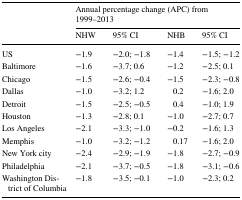
<table><thead><tr><td></td><td colspan="4"><b>Annual percentage change (APC) from 1999–2013</b></td></tr><tr><td></td><td><b>NHW</b></td><td><b>95% CI</b></td><td><b>NHB</b></td><td><b>95% CI</b></td></tr></thead><tbody><tr><td>US</td><td>−1.9</td><td>−2.0; −1.8</td><td>−1.4</td><td>−1.5; −1.2</td></tr><tr><td>Baltimore</td><td>−1.6</td><td>−3.7; 0.6</td><td>−1.2</td><td>−2.5; 0.1</td></tr><tr><td>Chicago</td><td>−1.5</td><td>−2.6; −0.4</td><td>−1.5</td><td>−2.3; −0.8</td></tr><tr><td>Dallas</td><td>−1.0</td><td>−3.2; 1.2</td><td>0.2</td><td>−1.6; 2.0</td></tr><tr><td>Detroit</td><td>−1.5</td><td>−2.5; −0.5</td><td>0.4</td><td>−1.0; 1.9</td></tr><tr><td>Houston</td><td>−1.3</td><td>−2.8; 0.1</td><td>−1.0</td><td>−2.7; 0.7</td></tr><tr><td>Los Angeles</td><td>−2.1</td><td>−3.3; −1.0</td><td>−0.2</td><td>−1.6; 1.3</td></tr><tr><td>Memphis</td><td>−1.0</td><td>−3.2; −1.2</td><td>0.17</td><td>−1.6; 2.0</td></tr><tr><td>New York city</td><td>−2.4</td><td>−2.9; −1.9</td><td>−1.8</td><td>−2.7; −0.9</td></tr><tr><td>Philadelphia</td><td>−2.1</td><td>−3.7; −0.5</td><td>−1.8</td><td>−3.1; −0.6</td></tr><tr><td>Washington District of Columbia</td><td>−1.8</td><td>−3.5; −0.1</td><td>−1.0</td><td>−2.3; 0.2</td></tr></tbody></table>